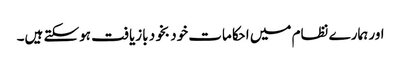
اور ہمارے نظام میں احکامات خود بخود بازیافت ہوسکتے ہیں۔